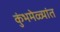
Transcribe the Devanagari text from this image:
कुंभमेळ्यांत